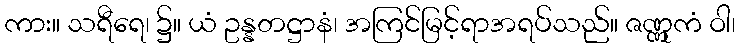
ကား။ သရီရေ၊ ၌။ ယံ ဥန္နတဋ္ဌာနံ၊ အကြင်မြင့်ရာအရပ်သည်။ ဇဏ္ဏုကံ ဝါ၊